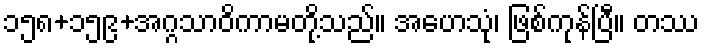
၁၅၈+၁၅၉+အဂ္ဂသာဝိကာမတို့သည်။ အဟေသုံ၊ ဖြစ်ကုန်ပြီ။ တဿ